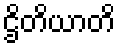
ဌိတိယာတိ